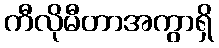
ကီလိုမီတာအကွာရှိ